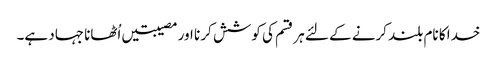
خدا کا نام بلند کرنے کے لئے ہر قسم کی کوشش کر نا اور مصیبتیں اُٹھانا جہاد ہے۔